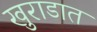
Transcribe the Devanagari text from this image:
खुराडात